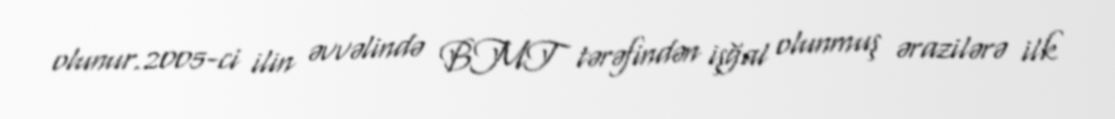
olunur.2005-ci ilin əvvəlində BMT tərəfindən işğal olunmuş ərazilərə ilk